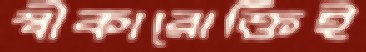
স্বীকারোক্তিই